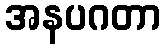
အနပဂတာ